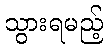
သွားရမည့်